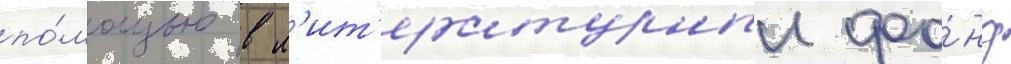
по́мощью в л'ит'ературныи фо́нд